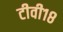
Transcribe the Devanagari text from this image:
टीवी१८